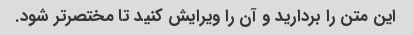
این متن را بردارید و آن را ویرایش کنید تا مختصرتر شود.